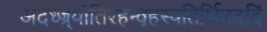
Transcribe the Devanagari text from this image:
अदध्ज्र्योतिरहन्वृहस्पतिर्भिनदद्रिं